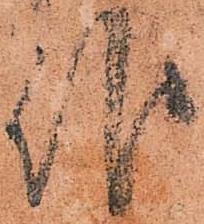
候